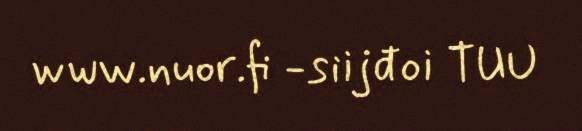
www.nuor.fi -siijđoi TUU